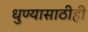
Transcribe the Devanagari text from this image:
धुण्यासाठीही